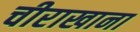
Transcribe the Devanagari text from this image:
चीराखाना